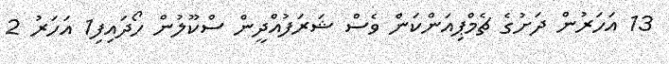
13 އަހަރުން ދަށުގެ ޗެމްޕިއަންކަން ވެސް ޝަރަފުއްދީން ސްކޫލުން ހޯދައިފި1 އަހަރު 2